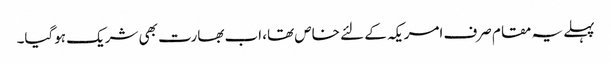
پہلے یہ مقام صرف امریکہ کے لئے خاص تھا، اب بھارت بھی شریک ہوگیا۔